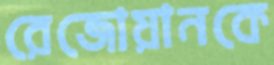
রেজোয়ানকে